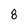
Character: 8